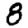
Digit: 8